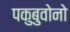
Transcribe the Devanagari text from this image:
पकुबुवोनो